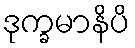
ဒုက္ခမာနိပိ